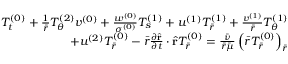
\begin{array} { r } { T _ { t } ^ { ( 0 ) } + \frac { 1 } { \bar { r } } T _ { \theta } ^ { ( 2 ) } v ^ { ( 0 ) } + \frac { w ^ { ( 0 ) } } { \sigma ^ { ( 0 ) } } T _ { s } ^ { ( 1 ) } + u ^ { ( 1 ) } T _ { \bar { r } } ^ { ( 1 ) } + \frac { v ^ { ( 1 ) } } { \bar { r } } T _ { \theta } ^ { ( 1 ) } } \\ { + u ^ { ( 2 ) } T _ { \bar { r } } ^ { ( 0 ) } - \bar { r } \frac { \partial \hat { \mathbf { r } } } { \partial t } \cdot \hat { \mathbf { r } } T _ { \bar { r } } ^ { ( 0 ) } = \frac { \bar { \nu } } { \bar { r } \bar { \mu } } \left( \bar { r } T _ { \bar { r } } ^ { ( 0 ) } \right) _ { \bar { r } } } \end{array}